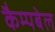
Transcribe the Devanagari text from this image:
कैम्‍पबेल